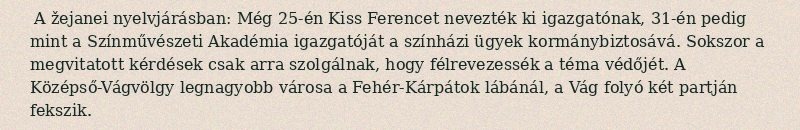
A žejanei nyelvjárásban: Még 25-én Kiss Ferencet nevezték ki igazgatónak, 31-én pedig mint a Színművészeti Akadémia igazgatóját a színházi ügyek kormánybiztosává. Sokszor a megvitatott kérdések csak arra szolgálnak, hogy félrevezessék a téma védőjét. A Középső-Vágvölgy legnagyobb városa a Fehér-Kárpátok lábánál, a Vág folyó két partján fekszik.